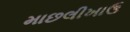
માછલીખાઉ